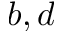
b , d